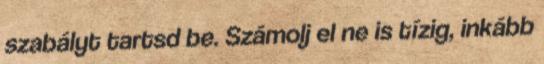
szabályt tartsd be. Számolj el ne is tízig, inkább